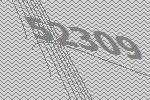
52309